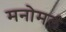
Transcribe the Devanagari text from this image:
मनोमलं